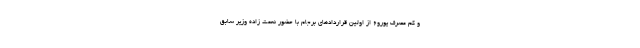
و کم مصرف یورو۶ از اولین قراردادهای برجام با حضور نعمت زاده وزیر سابق